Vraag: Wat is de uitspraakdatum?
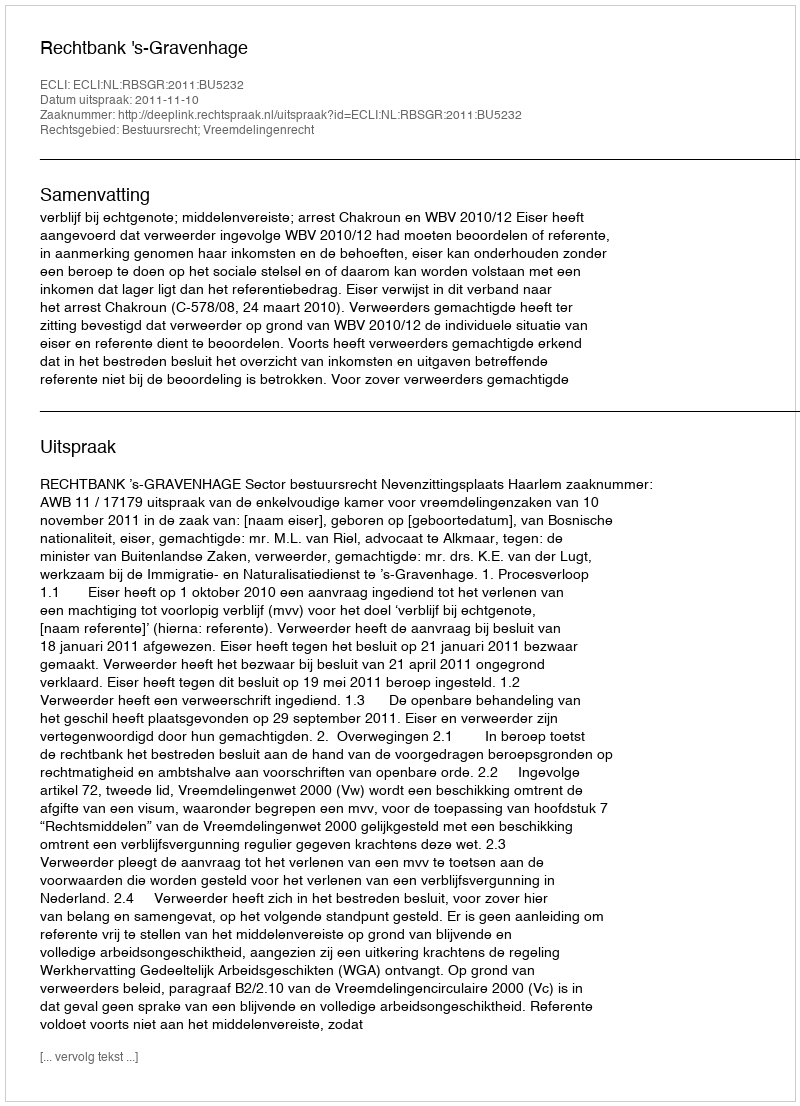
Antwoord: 2011-11-10